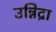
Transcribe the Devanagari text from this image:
उन्निद्रा